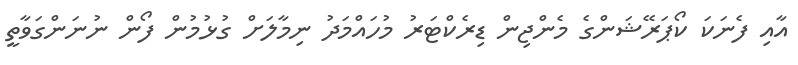
އާއި ފެނަކަ ކޯޕަރޭޝަންގެ މެންޖިން ޑިރެކްޓަރު މުހައްމަދު ނިމާލަށް ގުޅުމުން ފޯން ނުނަންގަވާތީ